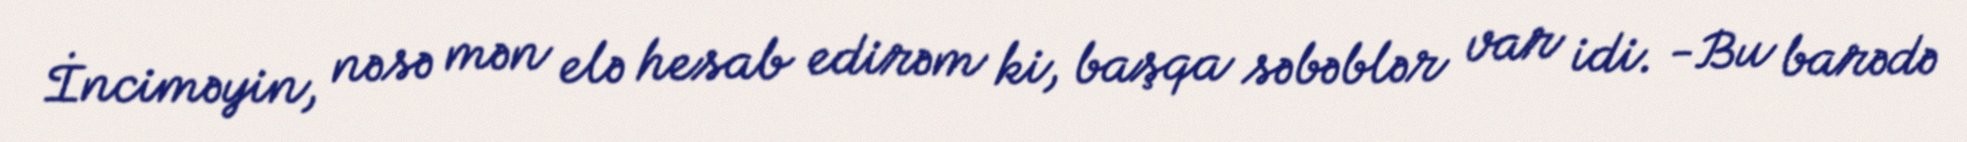
İnciməyin, nəsə mən elə hesab edirəm ki, başqa səbəblər var idi. -Bu barədə